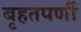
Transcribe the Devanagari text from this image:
बृहतपर्णी